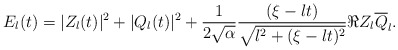
\begin{align*} E_{l}(t)&= |Z_{l}(t)|^2 + |Q_{l}(t)|^2 + \frac{1}{2\sqrt{\alpha}} \frac{(\xi-lt)}{\sqrt{l^2+(\xi-lt)^2}} \Re Z_{l}\overline{Q}_l. \end{align*}